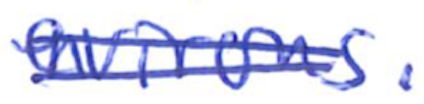
Text: environs.
Cross-out: double-line
Writing tool: ballpoint